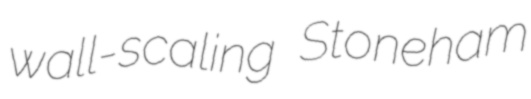
wall-scaling Stoneham